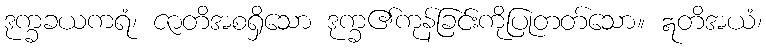
ဒုက္ခခယကရံ၊ ဇာတိအစရှိသော ဒုက္ခ၏ကုန်ခြင်းကိုပြုတတ်သော။ ဣတိအယံ၊